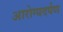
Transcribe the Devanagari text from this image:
आरोग्यदर्पण